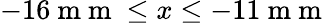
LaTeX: -16\mathrm{~m~m~}\leq x\leq-11\mathrm{~m~m~}